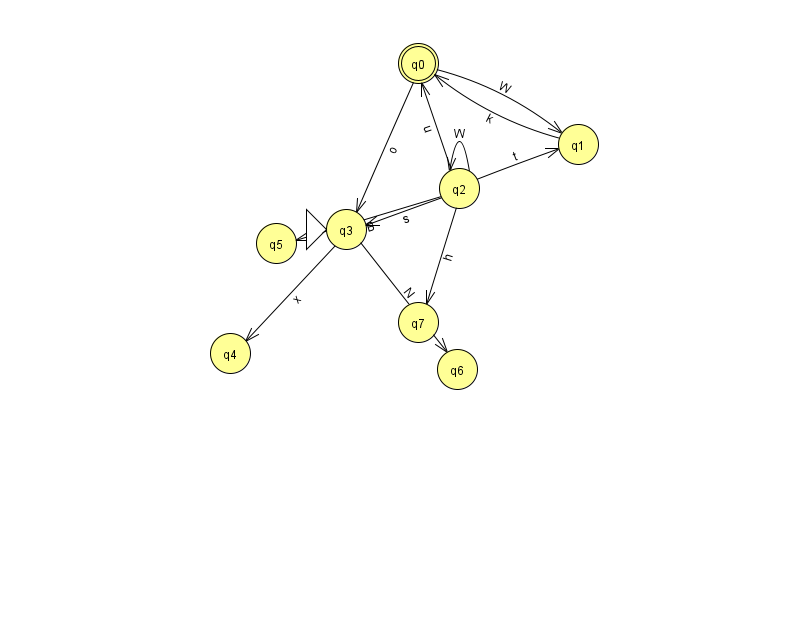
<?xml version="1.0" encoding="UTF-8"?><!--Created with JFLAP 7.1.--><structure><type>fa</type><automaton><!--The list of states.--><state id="0" name="q0"><x>418.0</x><y>50.0</y><final/></state><state id="1" name="q1"><x>578.0</x><y>131.0</y></state><state id="2" name="q2"><x>459.0</x><y>175.0</y></state><state id="3" name="q3"><x>346.0</x><y>216.0</y><initial/></state><state id="4" name="q4"><x>230.0</x><y>340.0</y></state><state id="5" name="q5"><x>276.0</x><y>230.0</y></state><state id="6" name="q6"><x>457.0</x><y>356.0</y></state><state id="7" name="q7"><x>418.0</x><y>309.0</y></state><!--The list of transitions.--><transition><from>2</from><to>3</to><read>s</read></transition><transition><from>3</from><to>4</to><read>x</read></transition><transition><from>2</from><to>7</to><read>h</read></transition><transition><from>1</from><to>0</to><read>k</read></transition><transition><from>2</from><to>0</to><read>u</read></transition><transition><from>2</from><to>5</to><read>B</read></transition><transition><from>2</from><to>2</to><read>W</read></transition><transition><from>3</from><to>6</to><read>N</read></transition><transition><from>2</from><to>1</to><read>t</read></transition><transition><from>0</from><to>3</to><read>o</read></transition><transition><from>0</from><to>1</to><read>W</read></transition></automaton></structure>